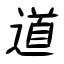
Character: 道